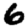
Digit: 6